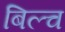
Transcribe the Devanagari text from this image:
बिल्च